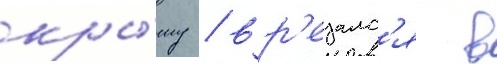
кры́шу / вр'езалс'я в